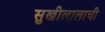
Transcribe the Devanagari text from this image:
सुखीलालाची